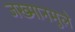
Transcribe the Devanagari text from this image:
जख्मानमुले